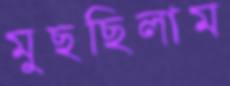
মুছছিলাম